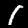
Digit: 1